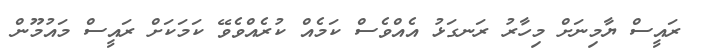
ރައީސް ޔާމިނަށް މިހާރު ރަނގަޅު އެއްވެސް ކަމެއް ކުރެއްވެވޭ ކަމަކަށް ރައީސް މައުމޫން